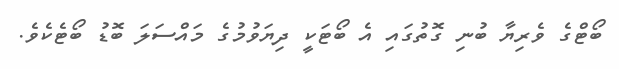
ބޯޓްގެ ވެރިޔާ ބުނި ގޮތުގައި އެ ބޯޓަކީ ދިޔަވުމުގެ މައްސަލަ ބޮޑު ބޯޓެކެވެ.